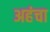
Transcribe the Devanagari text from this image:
अहंचा